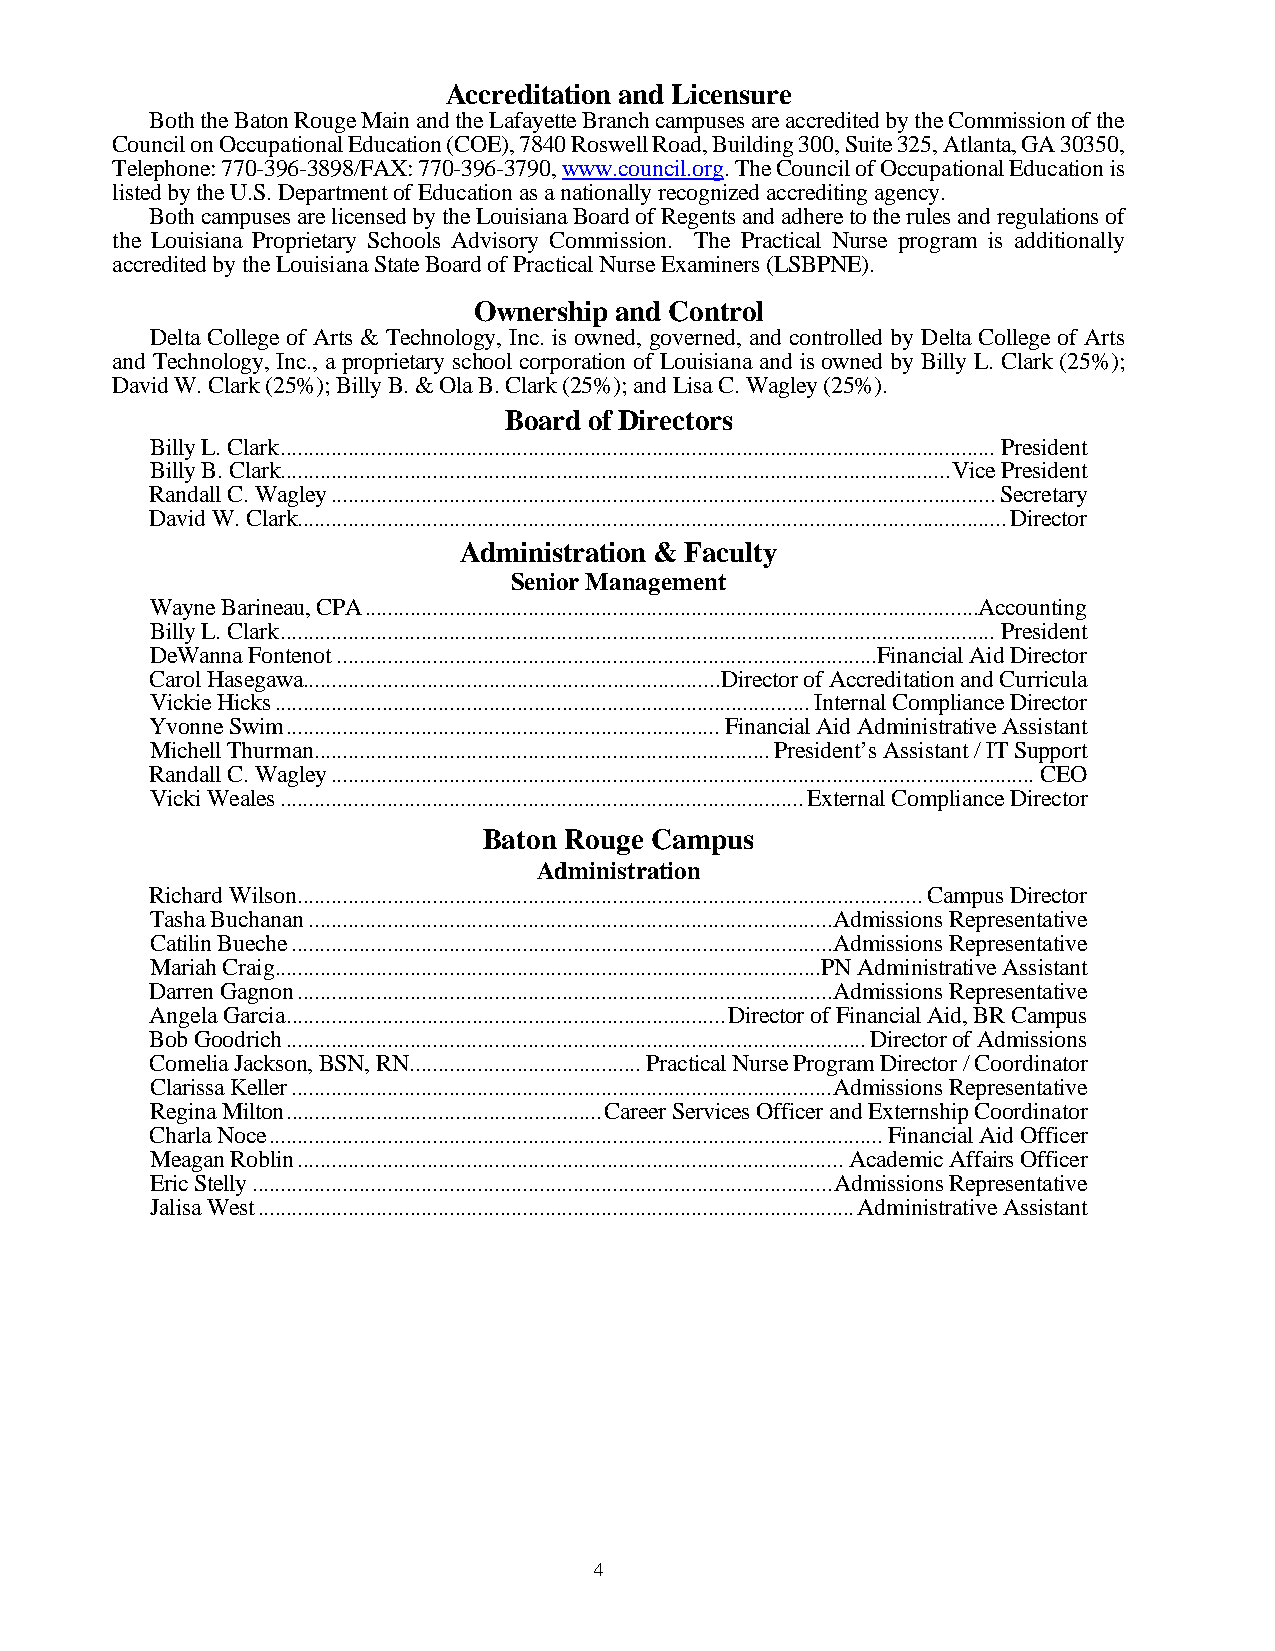
Accreditation and Licensure
 Both the Baton Rouge Main and the Lafayette Branch campuses are accredited by the Commission of the
 Council on Occupational Education (COE), 7840 Roswell Road, Building 300, Suite 325, Atlanta, GA 30350,
 Telephone: 770-396-3898/FAX: 770-396-3790, www.council.org. The Council of Occupational Education is
 listed by the U.S. Department of Education as a nationally recognized accrediting agency.
 Both campuses are licensed by the Louisiana Board of Regents and adhere to the rules and regulations of
 the Louisiana Proprietary Schools Advisory Commission. The Practical Nurse program is additionally
 accredited by the Louisiana State Board of Practical Nurse Examiners (LSBPNE).
 Ownership and Control
 Delta College of Arts & Technology, Inc. is owned, governed, and controlled by Delta College of Arts
 and Technology, Inc., a proprietary school corporation of Louisiana and is owned by Billy L. Clark (25%);
 David W. Clark (25%); Billy B. & Ola B. Clark (25%); and Lisa C. Wagley (25%).
 Board of Directors
 Billy L. Clark ............................................................................................................................... President
 Billy B. Clark ....................................................................................................................... Vice President
 Randall C. Wagley ...................................................................................................................... Secretary
 David W. Clark .............................................................................................................................. Director
 Administration & Faculty
 Senior Management
 Wayne Barineau, CPA ............................................................................................................. Accounting
 Billy L. Clark ............................................................................................................................... President
 DeWanna Fontenot ................................................................................................Financial Aid Director
 Carol Hasegawa .......................................................................... Director of Accreditation and Curricula
 Vickie Hicks ............................................................................................... Internal Compliance Director
 Yvonne Swim ............................................................................. Financial Aid Administrative Assistant
 Michell Thurman ................................................................................. President’s Assistant / IT Support
 Randall C. Wagley ............................................................................................................................. CEO
 Vicki Weales ............................................................................................. External Compliance Director
 Baton Rouge Campus
 Administration
 Richard Wilson ............................................................................................................... Campus Director
 Tasha Buchanan ............................................................................................. Admissions Representative
 Catilin Bueche ................................................................................................ Admissions Representative
 Mariah Craig ................................................................................................. PN Administrative Assistant
 Darren Gagnon ............................................................................................... Admissions Representative
 Angela Garcia .............................................................................. Director of Financial Aid, BR Campus
 Bob Goodrich ....................................................................................................... Director of Admissions
 Comelia Jackson, BSN, RN ......................................... Practical Nurse Program Director / Coordinator
 Clarissa Keller ................................................................................................ Admissions Representative
 Regina Milton ........................................................ Career Services Officer and Externship Coordinator
 Charla Noce ............................................................................................................. Financial Aid Officer
 Meagan Roblin ................................................................................................. Academic Affairs Officer
 Eric Stelly ....................................................................................................... Admissions Representative
 Jalisa West .......................................................................................................... Administrative Assistant
 4